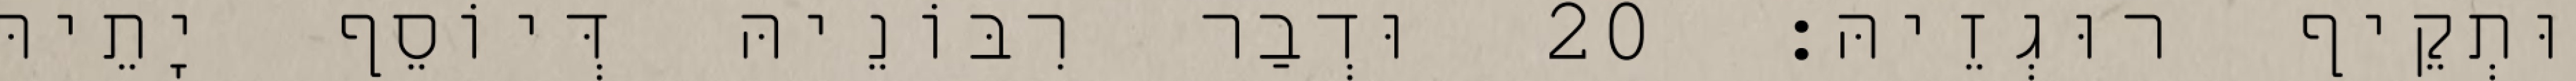
וּתְקֵיף רוּגְזֵיהּ׃ 20 וּדְבַר רִבּוֹנֵיהּ דְּיוֹסֵף יָתֵיהּ